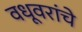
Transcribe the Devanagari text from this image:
वधूवरांचे